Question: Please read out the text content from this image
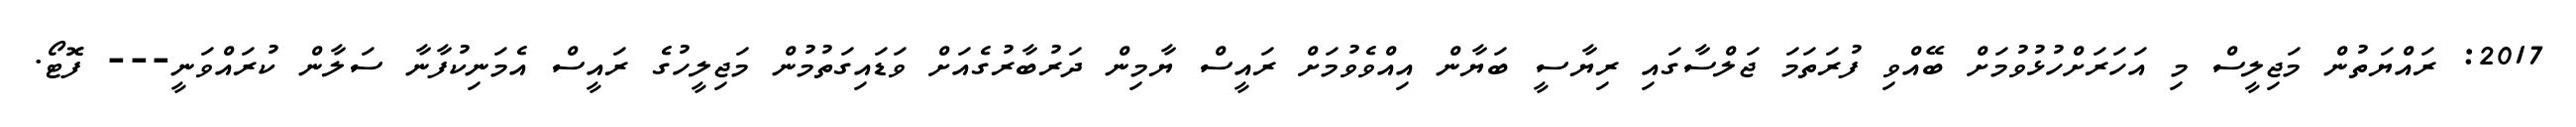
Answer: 2017: ރައްޔަތުން މަޖިލީސް މި އަހަރަށްހުޅުވުމަށް ބޭއްވި ފުރަތަމަ ޖަލްސާގައި ރިޔާސީ ބަޔާން އިއްވެވުމަށް ރައީސް ޔާމިން ދަރުބާރުގެއަށް ވަޑައިގަތުމުން މަޖިލީހުގެ ރައީސް އެމަނިކުފާނާ ސަލާން ކުރައްވަނީ--- ފޮޓޯ.